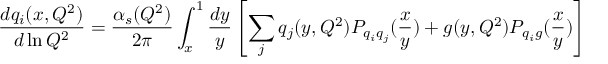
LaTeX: \frac { d q _ { i } ( x , Q ^ { 2 } ) } { d \ln Q ^ { 2 } } = \frac { \alpha _ { s } ( Q ^ { 2 } ) } { 2 \pi } \int _ { x } ^ { 1 } \frac { d y } { y } \left[ \sum _ { j } q _ { j } ( y , Q ^ { 2 } ) P _ { q _ { i } q _ { j } } ( \frac { x } { y } ) + g ( y , Q ^ { 2 } ) P _ { q _ { i } g } ( \frac { x } { y } ) \right]